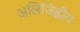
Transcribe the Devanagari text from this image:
अलिजिह्वीय